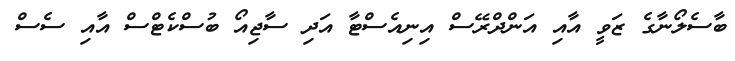
ބާސެލޯނާގެ ޒަވީ އާއި އަންދްރޭސް އިނިއެސްޓާ އަދި ސާޖިއޯ ބުސްކެޓްސް އާއި ސެސް